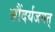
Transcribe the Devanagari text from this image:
सौंदर्यजगत्